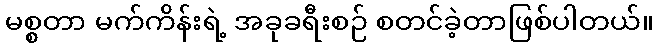
မစ္စတာ မက်ကိန်းရဲ့ အခုခရီးစဉ် စတင်ခဲ့တာဖြစ်ပါတယ်။